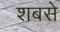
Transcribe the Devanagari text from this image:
शबसे